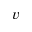
v